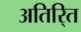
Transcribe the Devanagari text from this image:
अतिरि्‍त